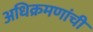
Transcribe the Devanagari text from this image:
अधिक्रमणांची